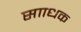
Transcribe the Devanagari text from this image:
सााधक